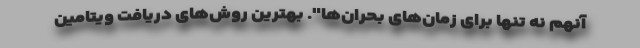
آنهم نه تنها برای زمان‌های بحران‌ها". بهترین روش‌های دریافت ویتامین